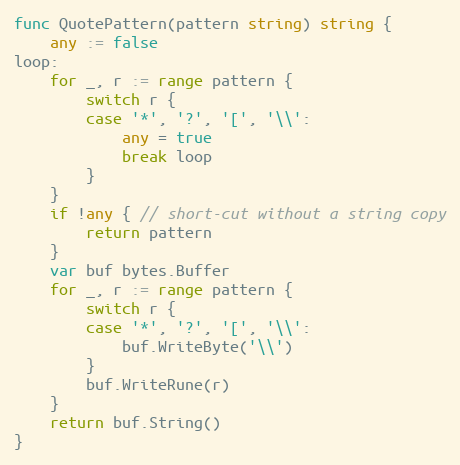
Language: Go
func QuotePattern(pattern string) string {
	any := false
loop:
	for _, r := range pattern {
		switch r {
		case '*', '?', '[', '\\':
			any = true
			break loop
		}
	}
	if !any { // short-cut without a string copy
		return pattern
	}
	var buf bytes.Buffer
	for _, r := range pattern {
		switch r {
		case '*', '?', '[', '\\':
			buf.WriteByte('\\')
		}
		buf.WriteRune(r)
	}
	return buf.String()
}